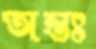
অন্তঃ